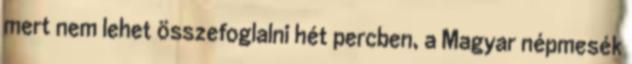
mert nem lehet összefoglalni hét percben, a Magyar népmesék